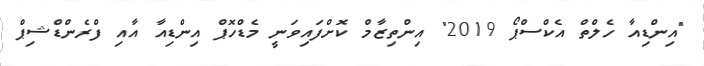
"އިންޑިއާ ހެލްތް އެކްސްޕޯ 2019" އިންތިޒާމް ކޮށްފައިވަނީ މެޑްހޮޕް އިންޑިއާ އާއި ފްރެންޑްޝިޕް